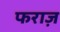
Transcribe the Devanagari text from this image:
फराज़